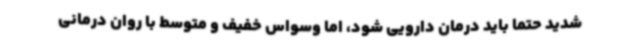
شدید حتما باید درمان دارویی شود، اما وسواس خفیف و متوسط با روان درمانی